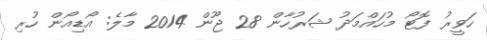
ހަވީރު ފޮޓޯ މުހައްމަދު ޝަރުހާން 28 ޖޫން 2014 މާލެ: އޯޑިއޯން ހުރި